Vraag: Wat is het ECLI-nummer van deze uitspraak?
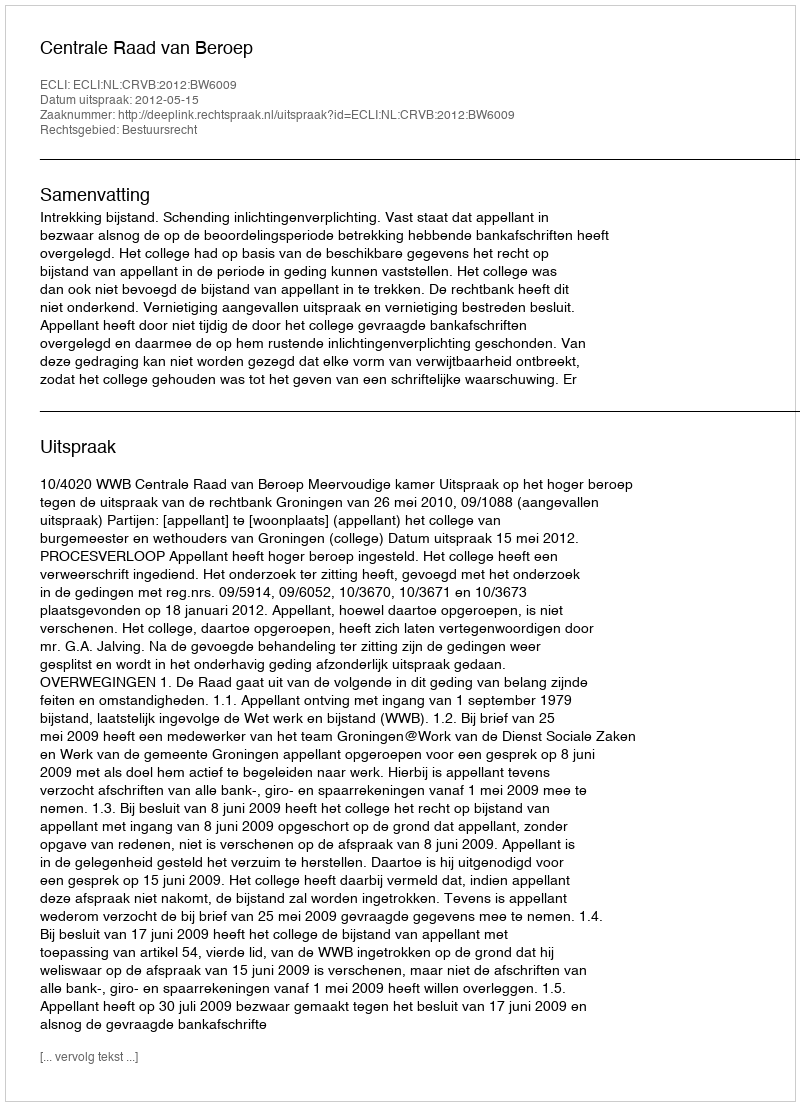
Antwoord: ECLI:NL:CRVB:2012:BW6009